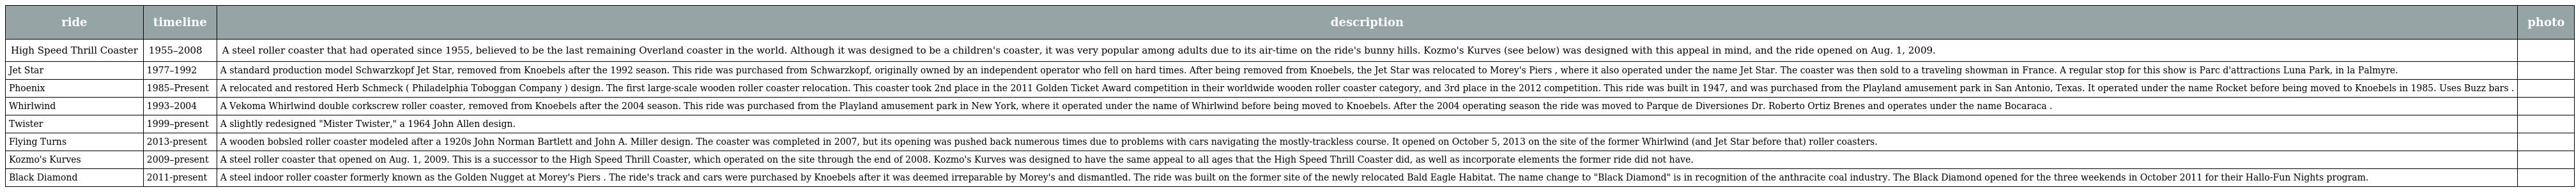
| ride | timeline | description | photo |
 | --- | --- | --- | --- |
 | High Speed Thrill Coaster | 1955–2008 | A steel roller coaster that had operated since 1955, believed to be the last remaining Overland coaster in the world. Although it was designed to be a children's coaster, it was very popular among adults due to its air-time on the ride's bunny hills. Kozmo's Kurves (see below) was designed with this appeal in mind, and the ride opened on Aug. 1, 2009. |  |
 | Jet Star | 1977–1992 | A standard production model Schwarzkopf Jet Star, removed from Knoebels after the 1992 season. This ride was purchased from Schwarzkopf, originally owned by an independent operator who fell on hard times. After being removed from Knoebels, the Jet Star was relocated to Morey's Piers , where it also operated under the name Jet Star. The coaster was then sold to a traveling showman in France. A regular stop for this show is Parc d'attractions Luna Park, in la Palmyre. |  |
 | Phoenix | 1985–Present | A relocated and restored Herb Schmeck ( Philadelphia Toboggan Company ) design. The first large-scale wooden roller coaster relocation. This coaster took 2nd place in the 2011 Golden Ticket Award competition in their worldwide wooden roller coaster category, and 3rd place in the 2012 competition. This ride was built in 1947, and was purchased from the Playland amusement park in San Antonio, Texas. It operated under the name Rocket before being moved to Knoebels in 1985. Uses Buzz bars . |  |
 | Whirlwind | 1993–2004 | A Vekoma Whirlwind double corkscrew roller coaster, removed from Knoebels after the 2004 season. This ride was purchased from the Playland amusement park in New York, where it operated under the name of Whirlwind before being moved to Knoebels. After the 2004 operating season the ride was moved to Parque de Diversiones Dr. Roberto Ortiz Brenes and operates under the name Bocaraca . |  |
 | Twister | 1999–present | A slightly redesigned "Mister Twister," a 1964 John Allen design. |  |
 | Flying Turns | 2013-present | A wooden bobsled roller coaster modeled after a 1920s John Norman Bartlett and John A. Miller design. The coaster was completed in 2007, but its opening was pushed back numerous times due to problems with cars navigating the mostly-trackless course. It opened on October 5, 2013 on the site of the former Whirlwind (and Jet Star before that) roller coasters. |  |
 | Kozmo's Kurves | 2009–present | A steel roller coaster that opened on Aug. 1, 2009. This is a successor to the High Speed Thrill Coaster, which operated on the site through the end of 2008. Kozmo's Kurves was designed to have the same appeal to all ages that the High Speed Thrill Coaster did, as well as incorporate elements the former ride did not have. |  |
 | Black Diamond | 2011-present | A steel indoor roller coaster formerly known as the Golden Nugget at Morey's Piers . The ride's track and cars were purchased by Knoebels after it was deemed irreparable by Morey's and dismantled. The ride was built on the former site of the newly relocated Bald Eagle Habitat. The name change to "Black Diamond" is in recognition of the anthracite coal industry. The Black Diamond opened for the three weekends in October 2011 for their Hallo-Fun Nights program. |  |